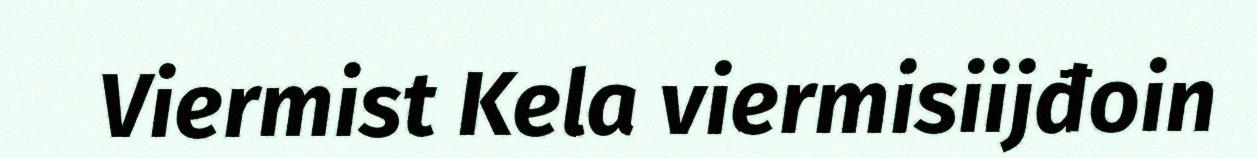
Viermist Kela viermisiijđoin